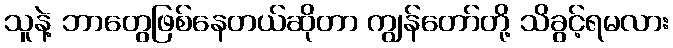
သူနဲ့ ဘာတွေဖြစ်နေတယ်ဆိုတာ ကျွန်တော်တို့ သိခွင့်ရမလား